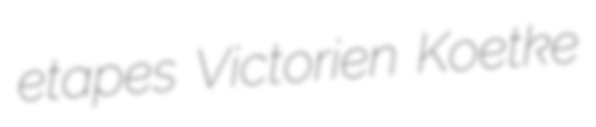
etapes Victorien Koetke